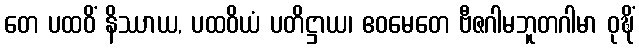
တေ ပထဝိံ နိဿာယ, ပထဝိယံ ပတိဋ္ဌာယ၊ ဧဝမေတေ ဗီဇဂါမဘူတဂါမာ ဝုဍ္ဎိံ